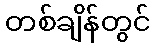
တစ်ချိန်တွင်